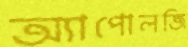
অ্যাপোলজি